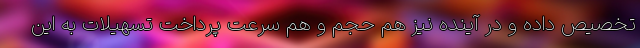
تخصیص داده و در آینده نیز هم حجم و هم سرعت پرداخت تسهیلات به این